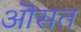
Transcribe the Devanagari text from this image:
ऒसत